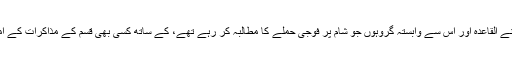
شام کے صدر بشار الاسد نے القاعدہ اور اس سے وابستہ گروہوں جو شام پر فوجی حملے کا مطالبہ کر رہے تھے، کے ساتھ کسی بھی قسم کے مذاکرات کے امکان کو مسترد کر دیا ہے۔